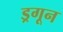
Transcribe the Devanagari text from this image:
ड्रगून